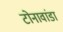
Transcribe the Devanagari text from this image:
टोनावांडा